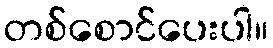
တစ်စောင်ပေးပါ။